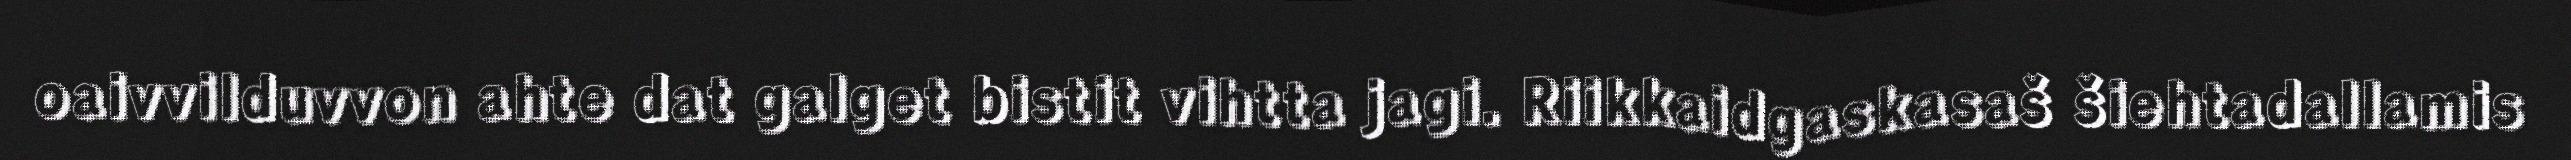
oaivvilduvvon ahte dat galget bistit vihtta jagi. Riikkaidgaskasaš šiehtadallamis